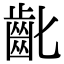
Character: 齔